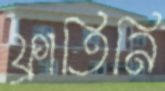
ফ্রাতিনি